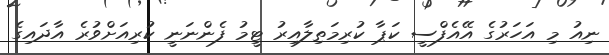
ނިއު މި އަހަރުގެ އޭއެފްސީ ކަޕާ ކުރިމަތިލާއިރު ޓީމު ފެންނަނީ ކުރިއަށްވުރެ އާދައިގެ